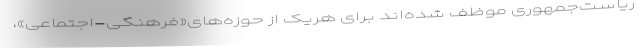
ریاست‌جمهوری موظف شده‌اند برای هریک از حوزه‌های«فرهنگی-اجتماعی»،